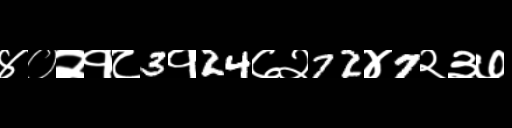
Text: ४०२१८3१24७२72४7२३७